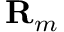
{ \mathbf { R } _ { m } }